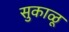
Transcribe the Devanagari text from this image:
सुकाळू